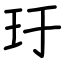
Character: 玗